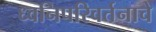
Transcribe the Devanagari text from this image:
ध्वनिपरिवर्तनाचे